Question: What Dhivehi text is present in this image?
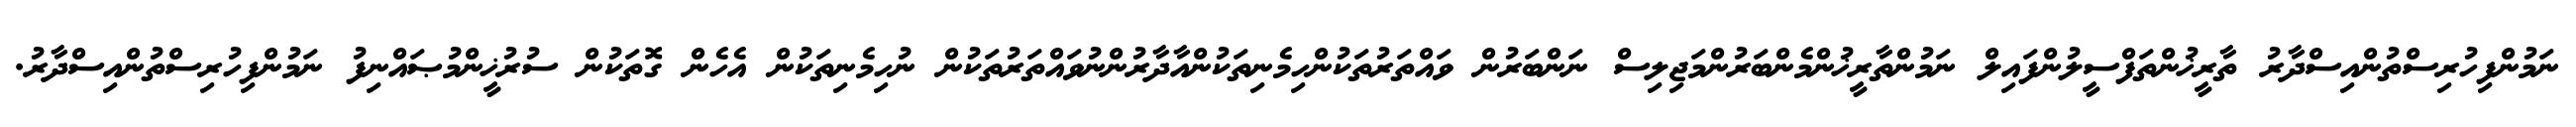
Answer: ނަމުންފިހުރިސްތުންއިސްދާރު ތާރީޚުންތަފްސީލުންފައިލް ނަމުންތާރީޚުންމެންބަރުންމަޖިލިސް ނަންބަރުން ވައްތަރުތަކުންހިމެނިތަކުންއާދާރުންނުވައްތަރުތަކުން ނުހިމެނިތަކުން އެހެން ގޮތަކުން ސުރުޚީންމުޞައްނިފު ނަމުންފިހުރިސްތުންއިސްދާރު.